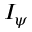
I _ { \psi }